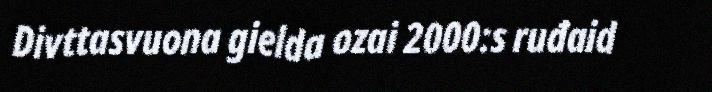
Divttasvuona gielda ozai 2000:s ruđaid